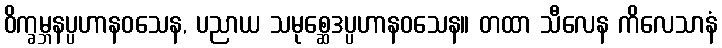
ဝိက္ခမ္ဘနပ္ပဟာနဝသေန, ပညာယ သမုစ္ဆေဒပ္ပဟာနဝသေန။ တထာ သီလေန ကိလေသာနံ